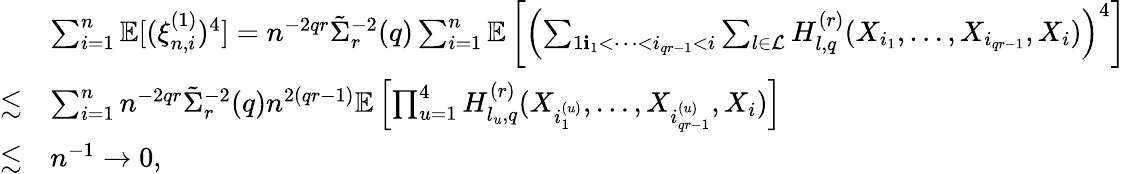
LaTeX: \begin{array}{rl}&{\sum_{i=1}^{n}\mathbb{E}[(\xi_{n,i}^{(1)})^{4}]=n^{-2qr}\tilde{\Sigma}_{r}^{-2}(q)\sum_{i=1}^{n}\mathbb{E}\left[\left(\sum_{1\le i_{1}<\cdots<i_{qr-1}<i}\sum_{l\in\mathcal{L}}H_{l,q}^{(r)}(X_{i_{1}},\ldots,X_{i_{qr-1}},X_{i})\right)^{4}\right]}\\ {\lesssim}&{\sum_{i=1}^{n}n^{-2qr}\tilde{\Sigma}_{r}^{-2}(q)n^{2(qr-1)}\mathbb{E}\left[\prod_{u=1}^{4}H_{l_{u},q}^{(r)}(X_{i_{1}^{(u)}},\ldots,X_{i_{qr-1}^{(u)}},X_{i})\right]}\\ {\lesssim}&{n^{-1}\rightarrow 0,}\end{array}